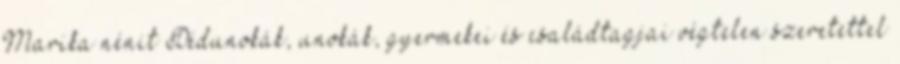
Marika nénit Dédunokák, unokák, gyermekei és családtagjai végtelen szeretettel